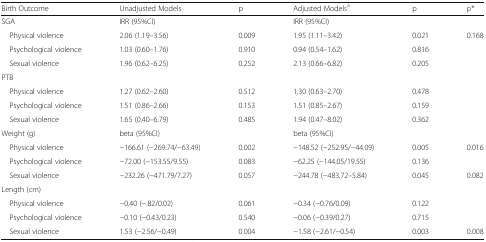
<table><thead><tr><td><b>Birth Outcome</b></td><td><b>Unadjusted Models</b></td><td><b>p</b></td><td><b>Adjusted Models<sup>a</sup></b></td><td><b>p</b></td><td><b>p*</b></td></tr></thead><tbody><tr><td>SGA</td><td>IRR (95%CI)</td><td></td><td>IRR (95%CI)</td><td></td><td></td></tr><tr><td> Physical violence</td><td>2.06 (1.19–3.56)</td><td>0.009</td><td>1.95 (1.11–3.42)</td><td>0.021</td><td>0.168</td></tr><tr><td> Psychological violence</td><td>1.03 (0.60–1.76)</td><td>0.910</td><td>0.94 (0.54–1.62)</td><td>0.816</td><td></td></tr><tr><td> Sexual violence</td><td>1.96 (0.62–6.25)</td><td>0.252</td><td>2.13 (0.66–6.82)</td><td>0.205</td><td></td></tr><tr><td colspan="6">PTB</td></tr><tr><td> Physical violence</td><td>1.27 (0.62–2.60)</td><td>0.512</td><td>1.30 (0.63–2.70)</td><td>0.478</td><td></td></tr><tr><td> Psychological violence</td><td>1.51 (0.86–2.66)</td><td>0.153</td><td>1.51 (0.85–2.67)</td><td>0.159</td><td></td></tr><tr><td> Sexual violence</td><td>1.65 (0.40–6.79)</td><td>0.485</td><td>1.94 (0.47–8.02)</td><td>0.362</td><td></td></tr><tr><td>Weight (g)</td><td>beta (95%CI)</td><td></td><td>beta (95%CI)</td><td></td><td></td></tr><tr><td> Physical violence</td><td>−166.61 (−269.74/−63.49)</td><td>0.002</td><td>−148.52 (−252.95/−44.09)</td><td>0.005</td><td>0.016</td></tr><tr><td> Psychological violence</td><td>−72.00 (−153.55/9.55)</td><td>0.083</td><td>−62.25 (−144.05/19.55)</td><td>0.136</td><td></td></tr><tr><td> Sexual violence</td><td>−232.26 (−471.79/7.27)</td><td>0.057</td><td>−244.78 (−483.72–5.84)</td><td>0.045</td><td>0.082</td></tr><tr><td colspan="6">Length (cm)</td></tr><tr><td> Physical violence</td><td>−0.40 (−.82/0.02)</td><td>0.061</td><td>−0.34 (−0.76/0.09)</td><td>0.122</td><td></td></tr><tr><td> Psychological violence</td><td>−0.10 (−0.43/0.23)</td><td>0.540</td><td>−0.06 (−0.39/0.27)</td><td>0.715</td><td></td></tr><tr><td> Sexual violence</td><td>1.53 (−2.56/−0.49)</td><td>0.004</td><td>−1.58 (−2.61/−0.54)</td><td>0.003</td><td>0.008</td></tr></tbody></table>